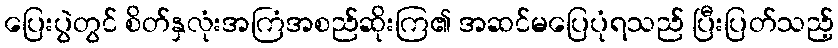
ပြေးပွဲတွင် စိတ်နှလုံးအကြံအစည်ဆိုးကြ၏ အဆင်မပြေပုံရသည် ပြီးပြတ်သည့်